Vaccination in the Punjab 1867-1880 - 1867-1880
Year: 1867
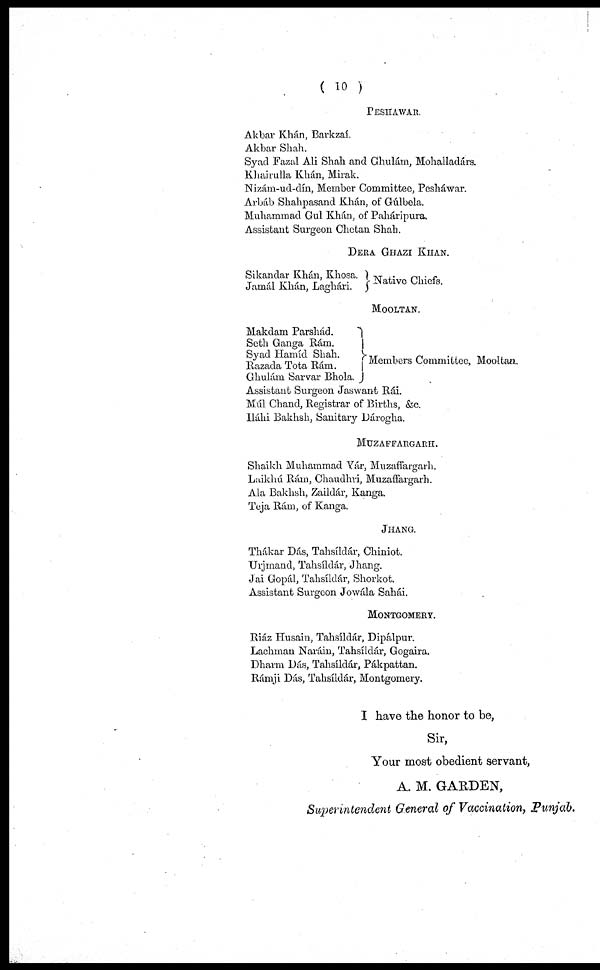
( 10 )
PESHAWAR.
Akbar Khán, Barkzaí.
Akbar Shah.
Syad Fazal Ali Shah and Ghulám, Mohalladárs.
Khaírulla Khán, Mirak.
Nizám-ud-dín, Member Committee, Pesháwar.
Arbáb Shahpasand Khán, of Gúlbela.
Muhammad Gul Khán, of Paháripura.
Assistant Surgeon Chctan Shah.
DEAR GHAZI KUAN.
Sikandar Khán, Khosa.
Jamál Khán, Laghári.
Native Chiefs.
MOOLTAN.
Makdam Parshád.
Seth Ganga Rám.
Syad Hamíd Shah.
Razada Tota Rám.
Ghulám Sarvar Bhola.
Members Committee, Mooltan.
Assistant Surgeon Jaswant Rái.
Múl Chand, Registrar of Births, &c.
Iláhi Bakhsh, Sanitary Dárogha.
MUZAFFARGARH.
Shaikh Muhammad Yár, Muzaffargarh.
Laikhú Rám, Chaudhri, Muzaffargarh.
Ala Bakhsh, Zaildár, Kanga.
Teja Rám, of Kanga.
JHANG.
Thákar Dás, Tahsíldár, Chiniot.
Urjmand, Tahsíldár, Jhang.
Jai Gopál, Tahsíldár, Shorkot.
Assistant Surgeon Jowála Sahái.
MONTGOMERY.
Riáz Husain, Tahsíldár, Dipálpur.
Lachman Naráin, Tahsíldár, Gogaira.
Dharm Dás, Tahsíldár, Pákpattan.
Rámji Dás, Tahsíldár, Montgomery.
I have the honor to be,
Sir,
Your most obedient servant,
A. M. GARDEN,
Superintendent General of Vaccination, Punjab.